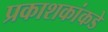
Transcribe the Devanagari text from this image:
प्रकाशकांकडे